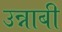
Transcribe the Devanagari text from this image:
उन्नाबी